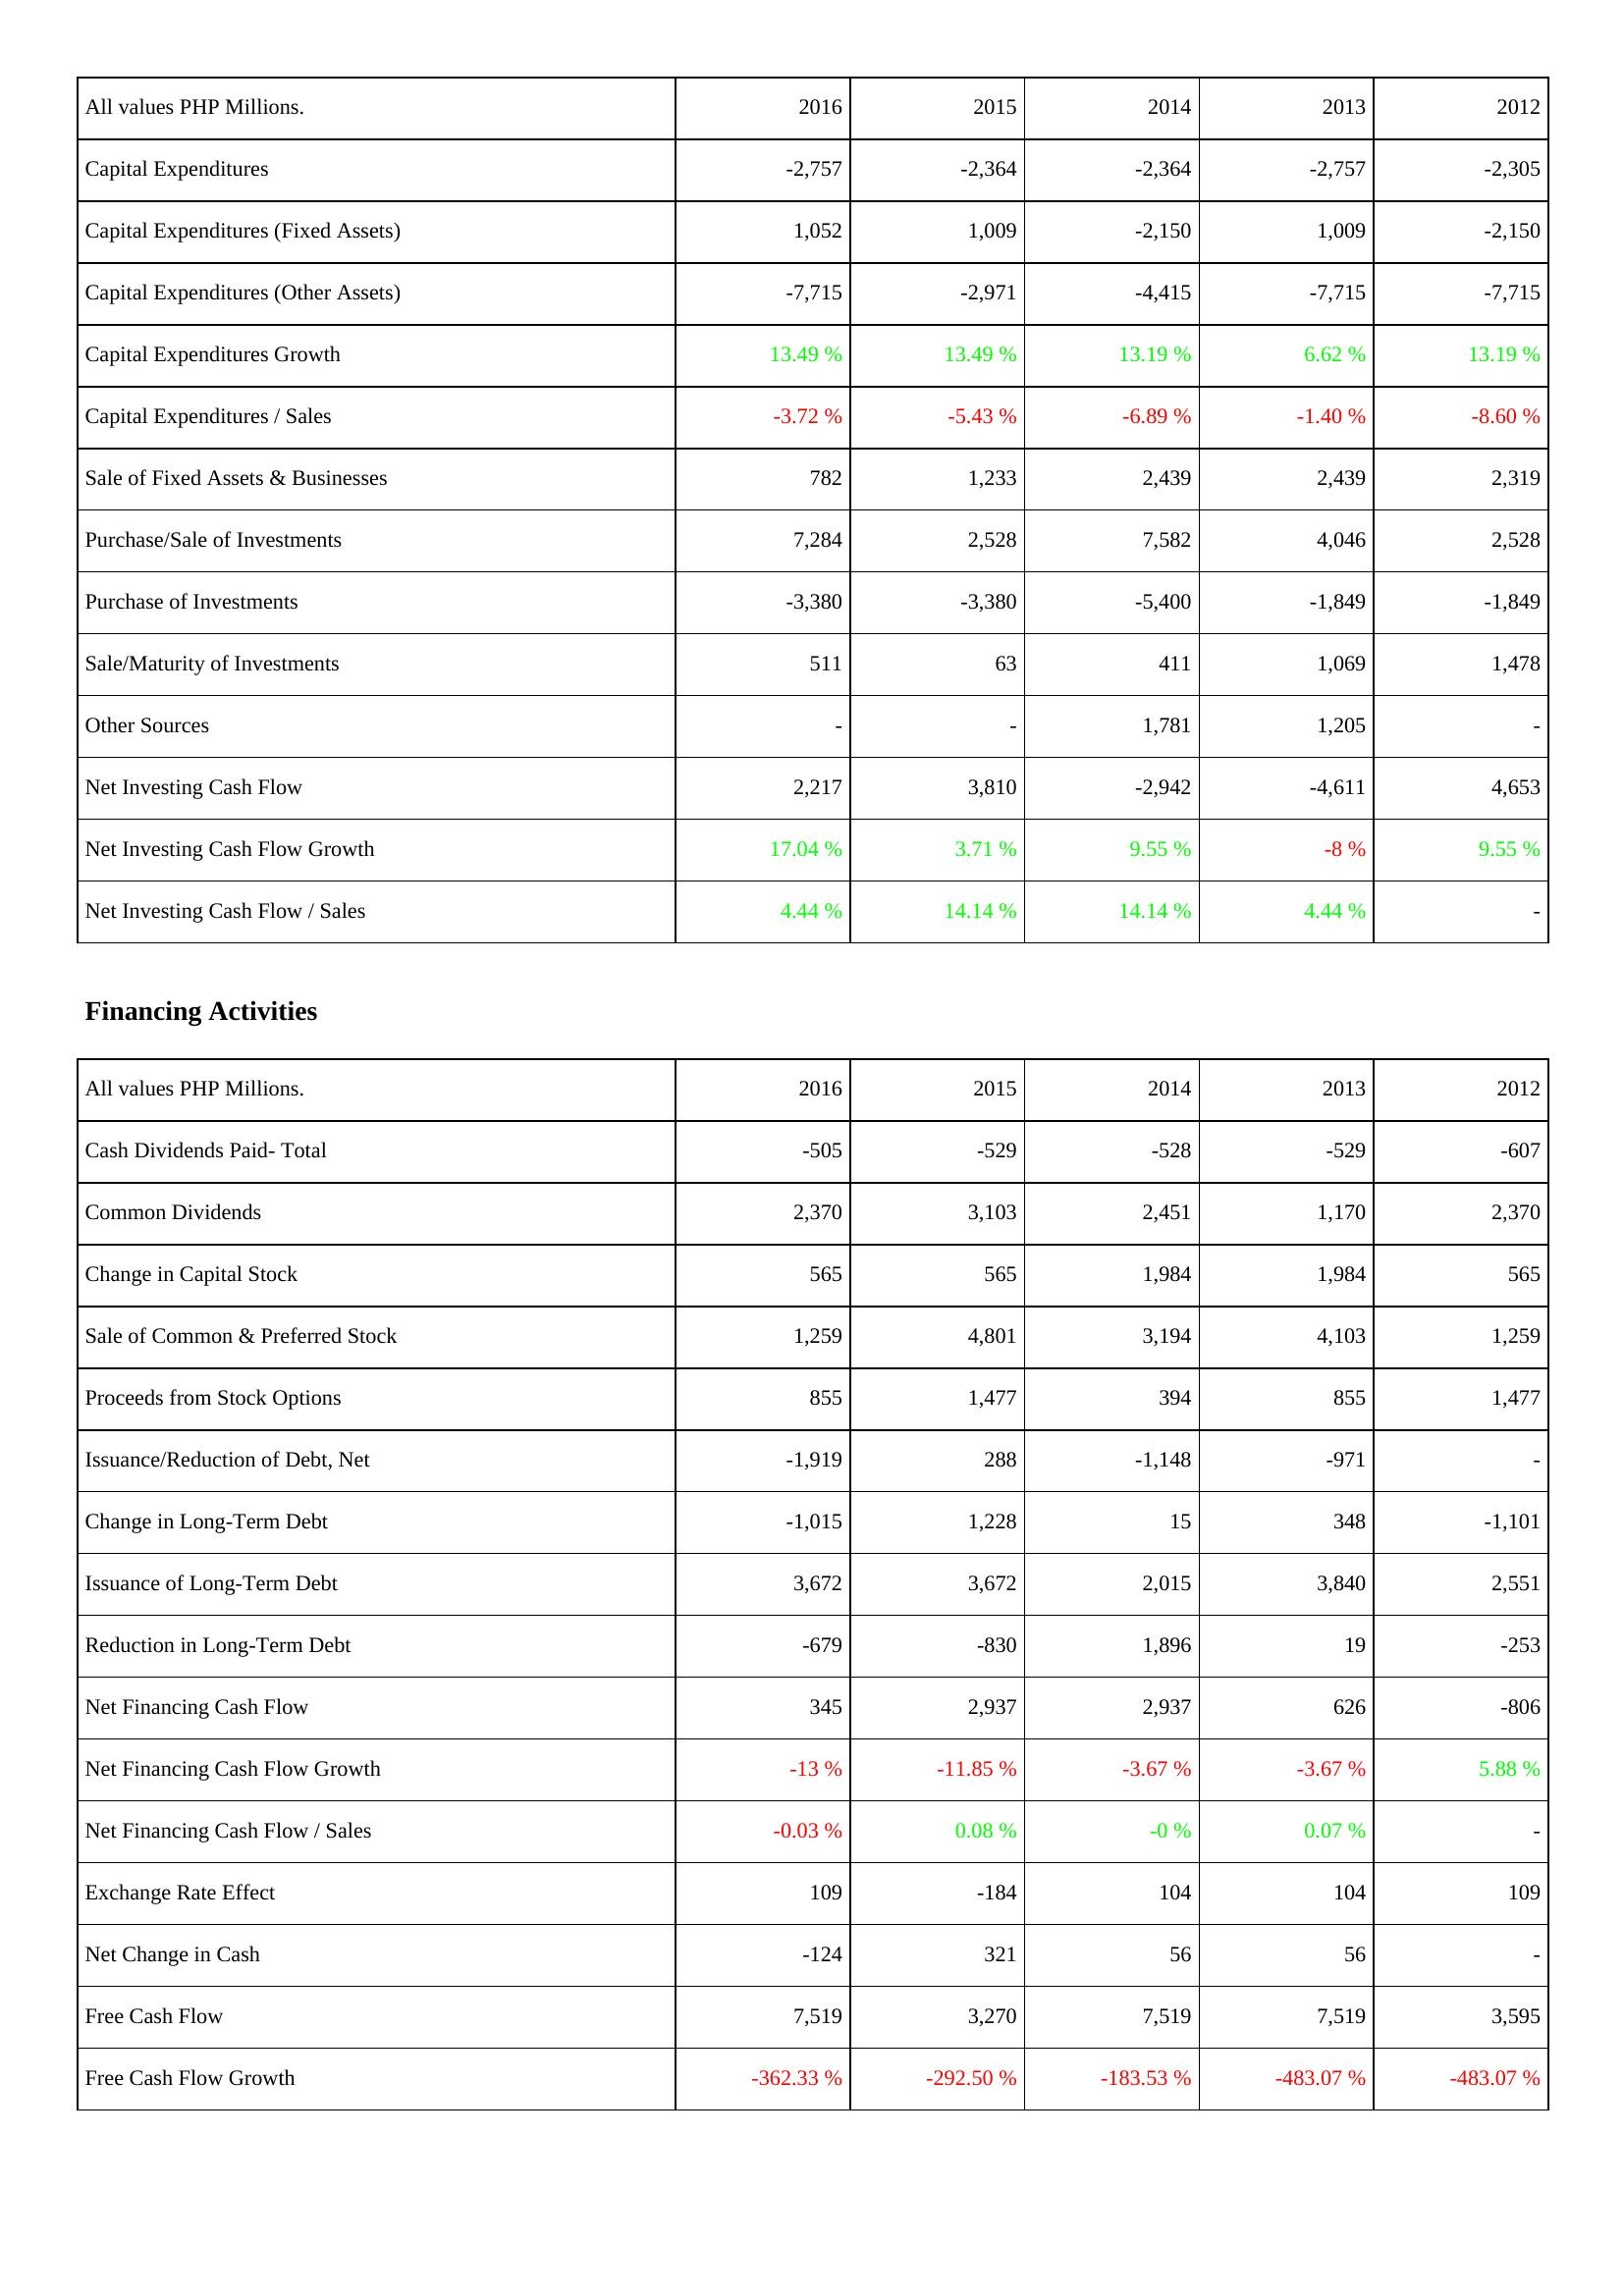
2016: Investing Activities: Capital Expenditures: -2,757
Capital Expenditures (Fixed Assets): 1,052
Capital Expenditures (Other Assets): -7,715
Capital Expenditures Growth: 13.49 %
Capital Expenditures / Sales: -3.72 %
Sale of Fixed Assets & Businesses: 782
Purchase/Sale of Investments: 7,284
Purchase of Investments: -3,380
Sale/Maturity of Investments: 511
Other Sources: -
Net Investing Cash Flow: 2,217
Net Investing Cash Flow Growth: 17.04 %
Net Investing Cash Flow / Sales: 4.44 %
Financing Activities: Cash Dividends Paid- Total: -505
Common Dividends: 2,370
Change in Capital Stock: 565
Sale of Common & Preferred Stock: 1,259
Proceeds from Stock Options: 855
Issuance/Reduction of Debt, Net: -1,919
Change in Long-Term Debt: -1,015
Issuance of Long-Term Debt: 3,672
Reduction in Long-Term Debt: -679
Net Financing Cash Flow: 345
Net Financing Cash Flow Growth: -13 %
Net Financing Cash Flow / Sales: -0.03 %
Exchange Rate Effect: 109
Net Change in Cash: -124
Free Cash Flow: 7,519
Free Cash Flow Growth: -362.33 %
2015: Investing Activities: Capital Expenditures: -2,364
Capital Expenditures (Fixed Assets): 1,009
Capital Expenditures (Other Assets): -2,971
Capital Expenditures Growth: 13.49 %
Capital Expenditures / Sales: -5.43 %
Sale of Fixed Assets & Businesses: 1,233
Purchase/Sale of Investments: 2,528
Purchase of Investments: -3,380
Sale/Maturity of Investments: 63
Other Sources: -
Net Investing Cash Flow: 3,810
Net Investing Cash Flow Growth: 3.71 %
Net Investing Cash Flow / Sales: 14.14 %
Financing Activities: Cash Dividends Paid- Total: -529
Common Dividends: 3,103
Change in Capital Stock: 565
Sale of Common & Preferred Stock: 4,801
Proceeds from Stock Options: 1,477
Issuance/Reduction of Debt, Net: 288
Change in Long-Term Debt: 1,228
Issuance of Long-Term Debt: 3,672
Reduction in Long-Term Debt: -830
Net Financing Cash Flow: 2,937
Net Financing Cash Flow Growth: -11.85 %
Net Financing Cash Flow / Sales: 0.08 %
Exchange Rate Effect: -184
Net Change in Cash: 321
Free Cash Flow: 3,270
Free Cash Flow Growth: -292.50 %
2014: Investing Activities: Capital Expenditures: -2,364
Capital Expenditures (Fixed Assets): -2,150
Capital Expenditures (Other Assets): -4,415
Capital Expenditures Growth: 13.19 %
Capital Expenditures / Sales: -6.89 %
Sale of Fixed Assets & Businesses: 2,439
Purchase/Sale of Investments: 7,582
Purchase of Investments: -5,400
Sale/Maturity of Investments: 411
Other Sources: 1,781
Net Investing Cash Flow: -2,942
Net Investing Cash Flow Growth: 9.55 %
Net Investing Cash Flow / Sales: 14.14 %
Financing Activities: Cash Dividends Paid- Total: -528
Common Dividends: 2,451
Change in Capital Stock: 1,984
Sale of Common & Preferred Stock: 3,194
Proceeds from Stock Options: 394
Issuance/Reduction of Debt, Net: -1,148
Change in Long-Term Debt: 15
Issuance of Long-Term Debt: 2,015
Reduction in Long-Term Debt: 1,896
Net Financing Cash Flow: 2,937
Net Financing Cash Flow Growth: -3.67 %
Net Financing Cash Flow / Sales: -0 %
Exchange Rate Effect: 104
Net Change in Cash: 56
Free Cash Flow: 7,519
Free Cash Flow Growth: -183.53 %
2013: Investing Activities: Capital Expenditures: -2,757
Capital Expenditures (Fixed Assets): 1,009
Capital Expenditures (Other Assets): -7,715
Capital Expenditures Growth: 6.62 %
Capital Expenditures / Sales: -1.40 %
Sale of Fixed Assets & Businesses: 2,439
Purchase/Sale of Investments: 4,046
Purchase of Investments: -1,849
Sale/Maturity of Investments: 1,069
Other Sources: 1,205
Net Investing Cash Flow: -4,611
Net Investing Cash Flow Growth: -8 %
Net Investing Cash Flow / Sales: 4.44 %
Financing Activities: Cash Dividends Paid- Total: -529
Common Dividends: 1,170
Change in Capital Stock: 1,984
Sale of Common & Preferred Stock: 4,103
Proceeds from Stock Options: 855
Issuance/Reduction of Debt, Net: -971
Change in Long-Term Debt: 348
Issuance of Long-Term Debt: 3,840
Reduction in Long-Term Debt: 19
Net Financing Cash Flow: 626
Net Financing Cash Flow Growth: -3.67 %
Net Financing Cash Flow / Sales: 0.07 %
Exchange Rate Effect: 104
Net Change in Cash: 56
Free Cash Flow: 7,519
Free Cash Flow Growth: -483.07 %
2012: Investing Activities: Capital Expenditures: -2,305
Capital Expenditures (Fixed Assets): -2,150
Capital Expenditures (Other Assets): -7,715
Capital Expenditures Growth: 13.19 %
Capital Expenditures / Sales: -8.60 %
Sale of Fixed Assets & Businesses: 2,319
Purchase/Sale of Investments: 2,528
Purchase of Investments: -1,849
Sale/Maturity of Investments: 1,478
Other Sources: -
Net Investing Cash Flow: 4,653
Net Investing Cash Flow Growth: 9.55 %
Net Investing Cash Flow / Sales: -
Financing Activities: Cash Dividends Paid- Total: -607
Common Dividends: 2,370
Change in Capital Stock: 565
Sale of Common & Preferred Stock: 1,259
Proceeds from Stock Options: 1,477
Issuance/Reduction of Debt, Net: -
Change in Long-Term Debt: -1,101
Issuance of Long-Term Debt: 2,551
Reduction in Long-Term Debt: -253
Net Financing Cash Flow: -806
Net Financing Cash Flow Growth: 5.88 %
Net Financing Cash Flow / Sales: -
Exchange Rate Effect: 109
Net Change in Cash: -
Free Cash Flow: 3,595
Free Cash Flow Growth: -483.07 %